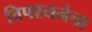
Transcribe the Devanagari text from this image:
विपश्यनेचा